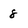
Character: 8